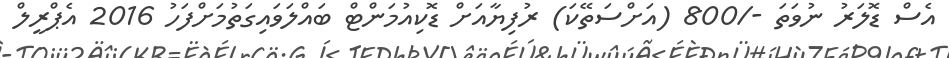
އެސް ޑޮލަރު ނުވަތަ -/800 (އަށްސަތޭކަ) ރުފިޔާއަށް ޑޮކިއުމަންޓް ބައްލަވައިގަތުމަށްފަހު 2016 އެޕްރީލް